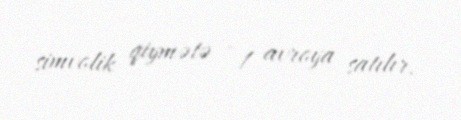
simvolik qiymətə - 1 avroya satılır.